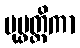
ပုပ္ဖတ္ထိကာ